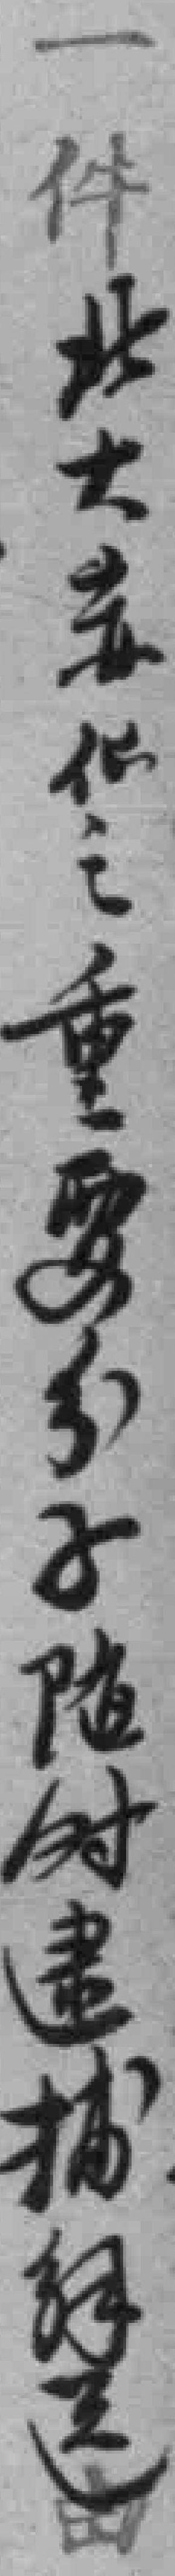
一件北大*伙之重要分子随时逮捕解送